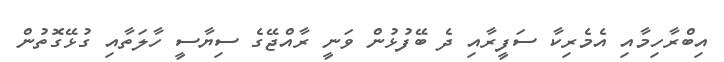
އިބްރާހިމާއި އެމެރިކާ ސަފީރާއި ދެ ބޭފުޅުން ވަނީ ރާއްޖޭގެ ސިޔާސީ ހާލަތާއި ގުޅޭގޮތުން